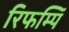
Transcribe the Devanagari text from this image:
रिफम्पिं